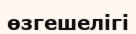
өзгешелігі